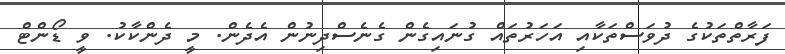
ފަރާތްތަކުގެ ދުވަސްތަކާއި އަހަރުތައް ގުނައިގެން ގެނެސްދިނުން އެދެން. މީ ދެންކާކު. ވީ ޑޯންޓް